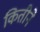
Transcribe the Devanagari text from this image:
कितीने